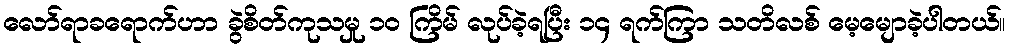
လော်ရာခရောက်ဟာ ခွဲစိတ်ကုသမှု ၁၀ ကြိမ် လုပ်ခဲ့ရပြီး ၁၄ ရက်ကြာ သတိလစ် မေ့မျောခဲ့ပါတယ်။